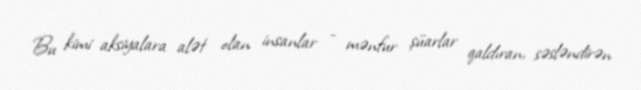
Bu kimi aksiyalara alət olan insanlar - mənfur şüarlar qaldıran, səsləndirən